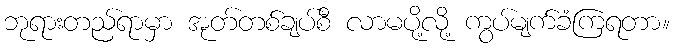
ဘုရားတည်ရာမှာ အုတ်တစ်ချပ်စီ လာမပို့လို့ ကွပ်မျက်ခံကြရတာ။